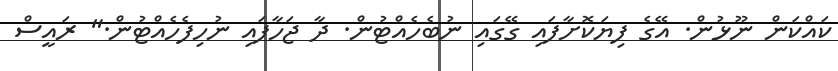
ކައްކަން ނޫޅުން. އޭގެ ފިޔަކޮށާފައި ގޭގައި ނުބެހެއްޓުން. ދާ ޖަހާފައި ނުހިފެހެއްޓުން." ރައީސް